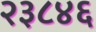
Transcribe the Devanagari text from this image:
२३८४६